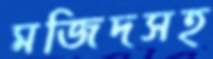
মজিদসহ